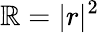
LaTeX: \mathbb{R}=|r|^{2}